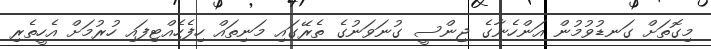
މިގޮތަށް ގަނޑުވުމުން އަންހެނާގެ ޖިންސީ ގުނަވަނުގެ ތެރޭގައި މަނިތައް ހިފެހެއްޓިފައި ހުރުމަށް އެހީތެރި